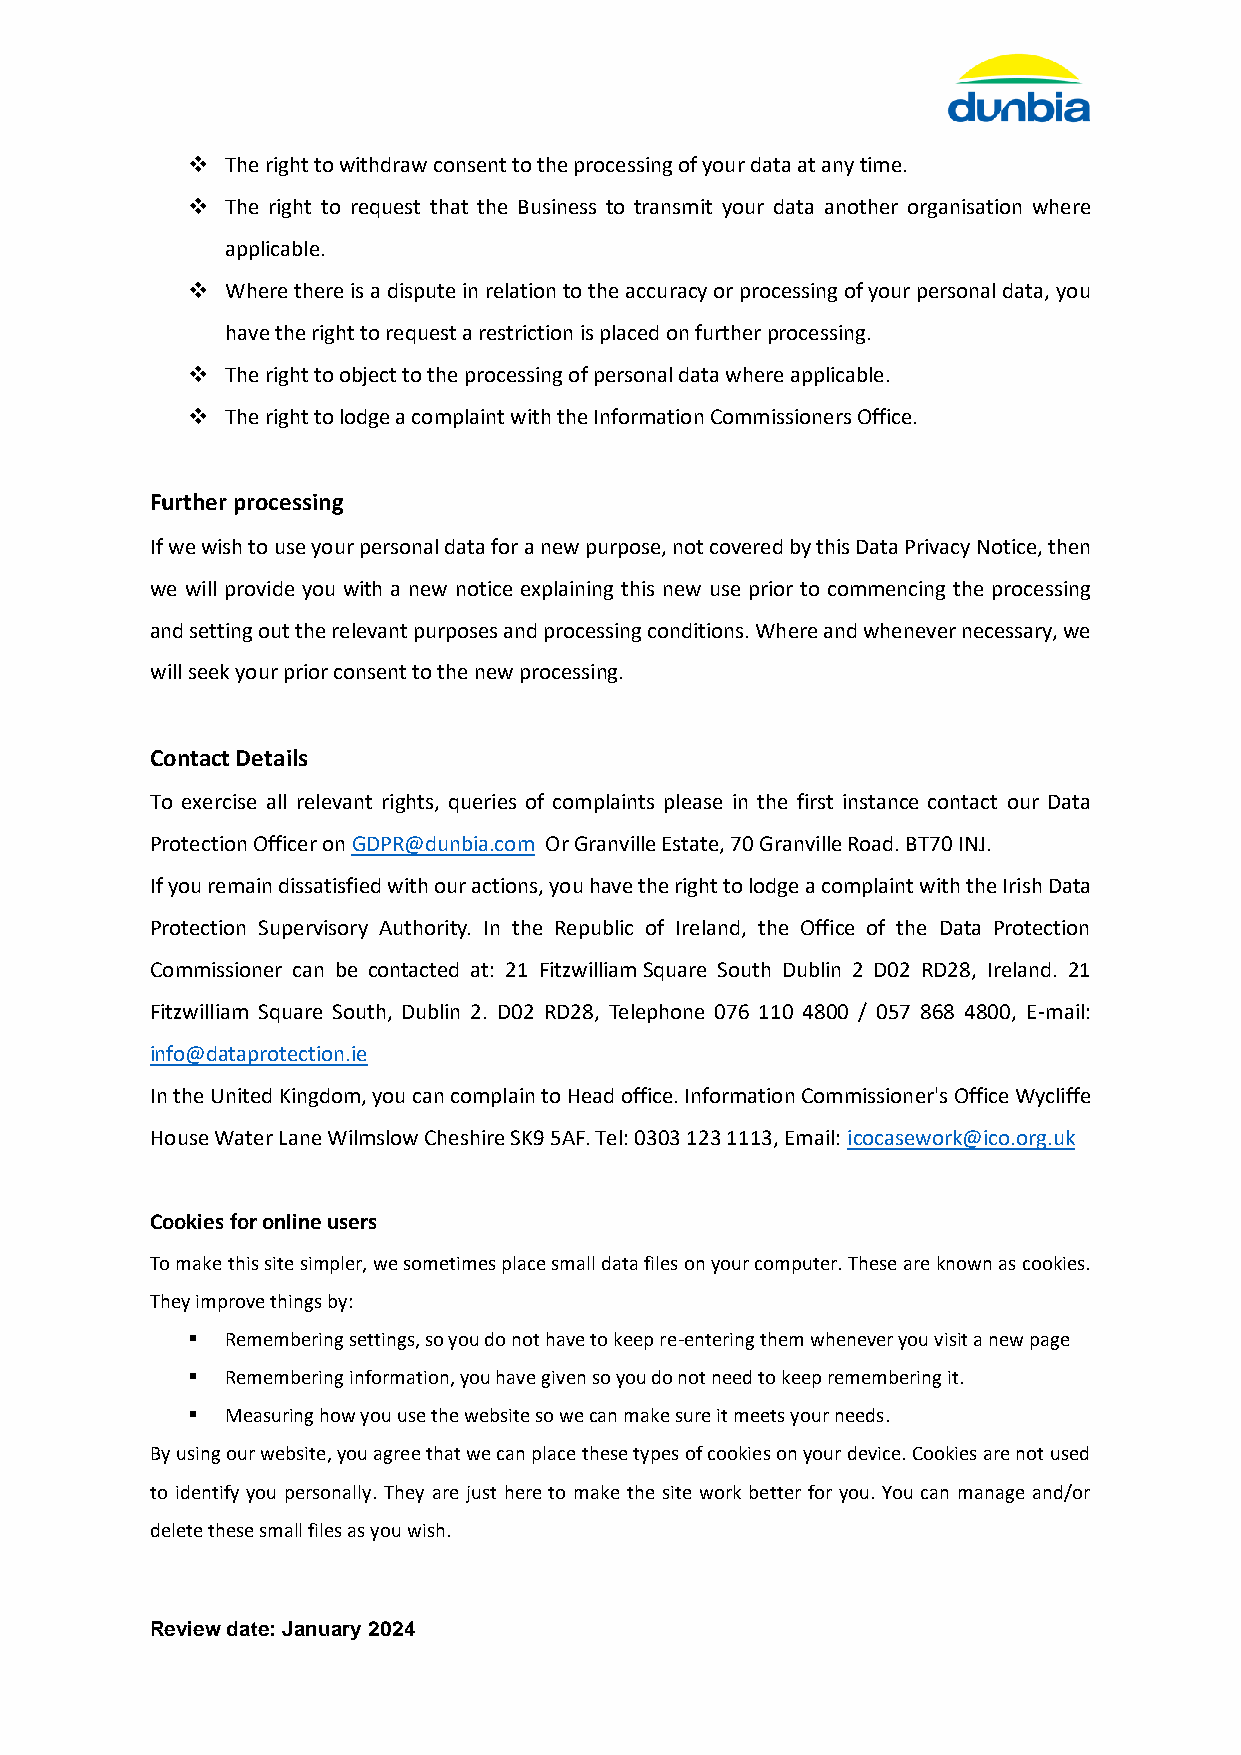
❖  The right to withdraw consent to the processing of your data at any time.
 ❖  The right to request that the Business to transmit your data another organisation where
 applicable.
 ❖  Where there is a dispute in relation to the accuracy or processing of your personal data, you
 have the right to request a restriction is placed on further processing.
 ❖  The right to object to the processing of personal data where applicable.
 ❖  The right to lodge a complaint with the Information Commissioners Office.
 Further processing
 If we wish to use your personal data for a new purpose, not covered by this Data Privacy Notice, then
 we will provide you with a new notice explaining this new use prior to commencing the processing
 and setting out the relevant purposes and processing conditions. Where and whenever necessary, we
 will seek your prior consent to the new processing.
 Contact Details
 To exercise all relevant rights, queries of complaints please in the first instance contact our Data
 Protection Officer on GDPR@dunbia.com Or Granville Estate, 70 Granville Road. BT70 INJ.
 If you remain dissatisfied with our actions, you have the right to lodge a complaint with the Irish Data
 Protection Supervisory Authority. In the Republic of Ireland, the Office of the Data Protection
 Commissioner can be contacted at: 21 Fitzwilliam Square South Dublin 2 D02 RD28, Ireland. 21
 Fitzwilliam Square South, Dublin 2. D02 RD28, Telephone 076 110 4800 / 057 868 4800, E-mail:
 info@dataprotection.ie
 In the United Kingdom, you can complain to Head office. Information Commissioner's Office Wycliffe
 House Water Lane Wilmslow Cheshire SK9 5AF. Tel: 0303 123 1113, Email: icocasework@ico.org.uk
 Cookies for online users
 To make this site simpler, we sometimes place small data files on your computer. These are known as cookies.
 They improve things by:
 ▪  Remembering settings, so you do not have to keep re-entering them whenever you visit a new page
 ▪  Remembering information, you have given so you do not need to keep remembering it.
 ▪  Measuring how you use the website so we can make sure it meets your needs.
 By using our website, you agree that we can place these types of cookies on your device. Cookies are not used
 to identify you personally. They are just here to make the site work better for you. You can manage and/or
 delete these small files as you wish.
 Review date: January 2024